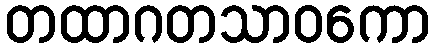
တထာဂတသာဝကော